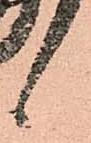
候